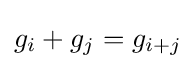
g_{i}+g_{j}=g_{i+j}